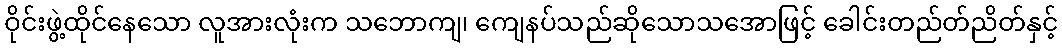
ဝိုင်းဖွဲ့ထိုင်နေသော လူအားလုံးက သဘောကျ၊ ကျေနပ်သည်ဆိုသောသအောဖြင့် ခေါင်းတည်တ်ညိတ်နှင့်